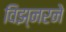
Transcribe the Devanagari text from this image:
विझ्नरने